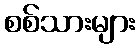
စစ်သားများ